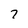
Character: 7